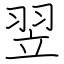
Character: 翌